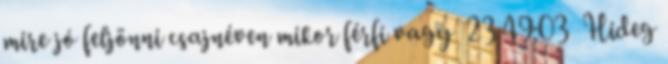
mire jó feljönni csajnéven mikor férfi vagy 23:49:03 Hideg